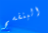
البنفسج